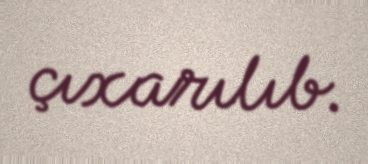
çıxarılıb.